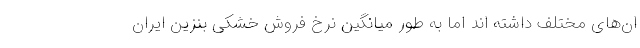
ان‌های مختلف داشته اند اما به طور میانگین نرخ فروش خشکی بنزین ایران